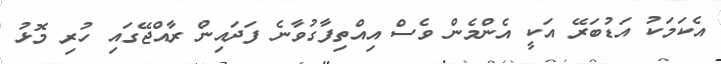
އެކަމަކު އަޑުބަރޭ އަކީ އެންމެން ވެސް އިއްތިފާގުވާނެ ފަދައިން ރާއްޖޭގައި ހުރި މޮޅު